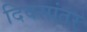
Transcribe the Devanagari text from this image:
दिवसांतर